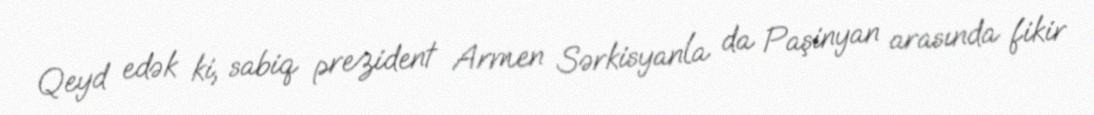
Qeyd edək ki, sabiq prezident Armen Sərkisyanla da Paşinyan arasında fikir